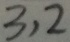
3 , 2